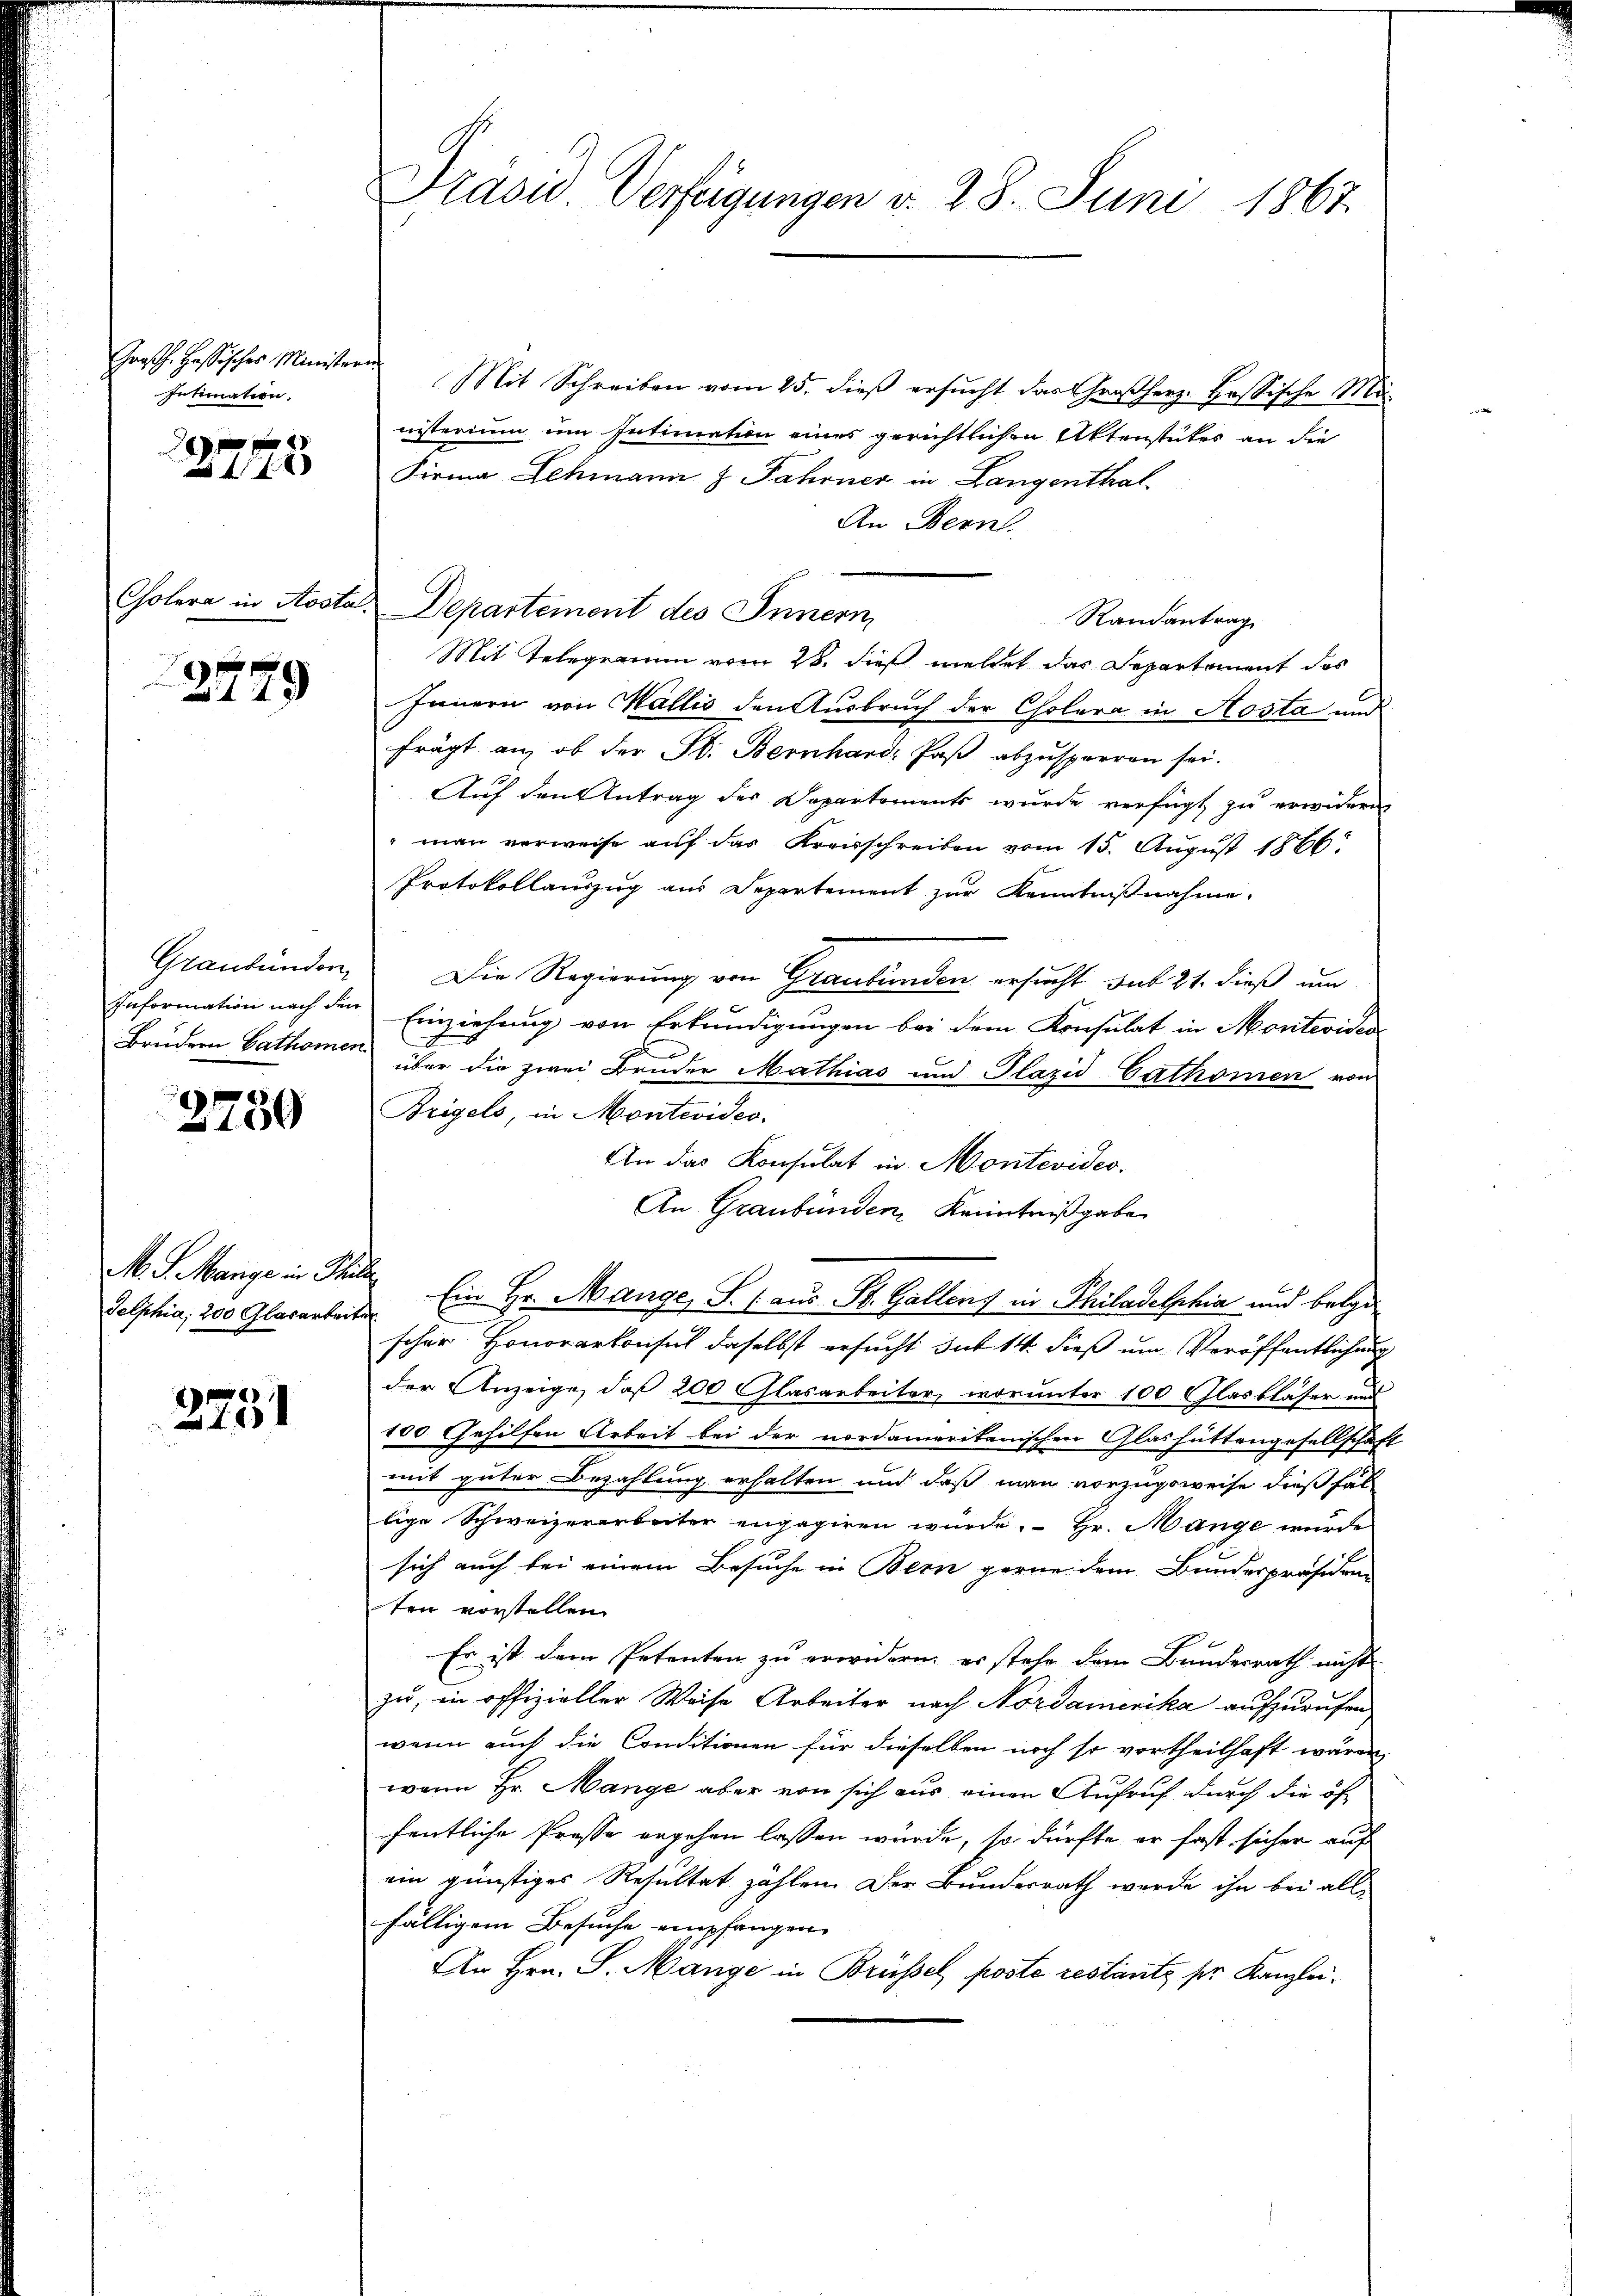
Intimation.

x
 4 f

2779

Graubünden,
Information nach den
Brudern Cathomen

2750

M. J. Mange in Sti
Selphia, 200 Glasarbeit

2751

Präsid. Verfügungen d. 28. Juni 1867.

Großh. Hassisches Ministern Mit Schreiben vom 25. dieß ersucht das Großherz. Hassische Munisterium um Intimation eines gerichtlichen Aktenstutes an die
Firma Schmann z. Fahrner in Langenthal.
An Bern
Cholera in Aosta. Departement des Innern,
Randantrag
Mit Telegramm vom 28. dieß meldet das Separtement des
Innern von Wallis den Ausbruch der Cholera in Kosta und
frägt an, ob der St. Bernhard, Paβ abzŭsperren sei.
Auf den Antrag des Departements wurde verfügt zu erwideren
" man verweise auf das Kreisschreiben vom 15. August 1866.
Protokollauszug aus Departement zur Kenntnißnahme.
Die Regierung von Graubünden ersucht sub 21. dieß um
f
Einziehung von Erkundigungen bei dem Konsulat in Monteviden
über die zwei Bruder Mathias und Plazić-Cathomen von
Bregels, in Montevides.
An das Konsulat in Montevideo
An Graubünden, Kenntnißgabe
Ein Hr. Mange, S. (aus St. Gallens in Philadelphia und belge
scher Honorarkonsul daselbst ersucht dit 14. dieß um Veröffentlichung
der Anzeige, daß 200 Glasarbeiter, worunter 100 Glasbläser und
100 Gehilfen Arbeit bei der nordamerikanischen Glashüttengesellschaft
mit guter Bezahlung erhalten und daß man vorzugsweise dießfal
lige Schweizerarbeiter engagiren würde. Hr. Mange wurde
sich auch bei einem Besuche in Bern gerne dem Bundespräsiden
ten vorstellen.
Es ist dem Petenten zu erwidern, es stehe dem Bundesrath nicht
zu, in offizieller Weise Arbeiter nach Nordamerika aufzurufen,
wenn auch die Conditionen für dieselben noch so vortheilhaft wären,
wann Hr. Mange aber von sich aus einen Aufruf durch die öffentliche Prosse ergehen lassen würde, so dürfte er fast sicher auf
ein günstiges Resultat zählen. Der Bundesrath werde ihn bei allfälligem Besuche empfangen.
An Hrn. S. Mange in Brüssel poste restante ser Kanzlei.